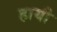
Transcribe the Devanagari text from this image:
हायी